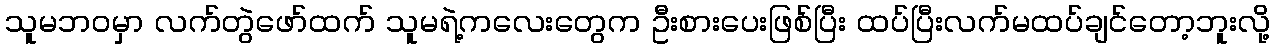
သူမဘဝမှာ လက်တွဲဖော်ထက် သူမရဲ့ကလေးတွေက ဦးစားပေးဖြစ်ပြီး ထပ်ပြီးလက်မထပ်ချင်တော့ဘူးလို့